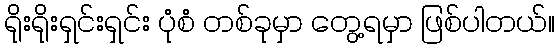
ရိုးရိုးရှင်းရှင်း ပုံစံ တစ်ခုမှာ တွေ့ရမှာ ဖြစ်ပါတယ်။